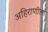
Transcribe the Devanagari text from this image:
अहिराणीला